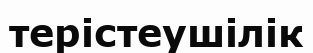
терістеушілік